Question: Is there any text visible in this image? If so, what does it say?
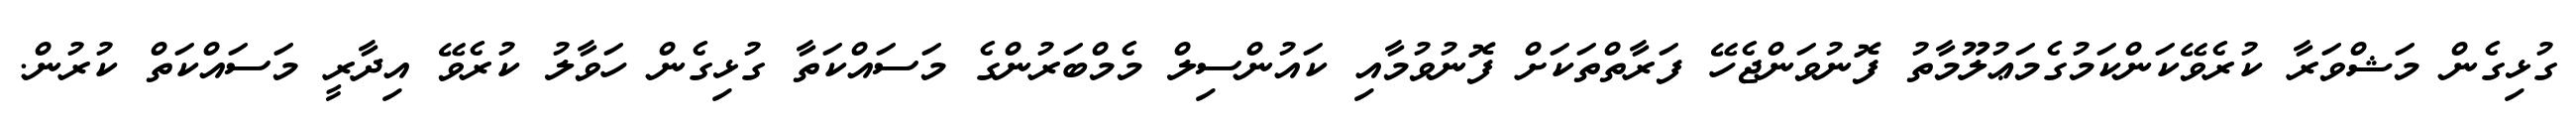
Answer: ގުޅިގެން މަޝްވަރާ ކުރެވޭކަންކަމުގެމަޢުލޫމާތު ފޮނުވަންޖެހޭ ފަރާތްތަކަށް ފޮނުވުމާއި ކައުންސިލް މެމްބަރުންގެ މަސައްކަތާ ގުޅިގެން ހަވާލު ކުރެވޭ އިދާރީ މަސައްކަތް ކުރުން.